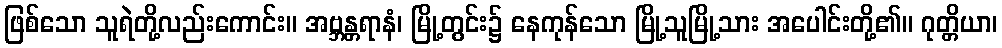
ဖြစ်သော သူရဲတို့လည်းကောင်း။ အဗ္ဘန္တရာနံ၊ မြို့တွင်း၌ နေကုန်သော မြို့သူမြို့သား အပေါင်းတို့၏။ ဂုတ္တိယာ၊